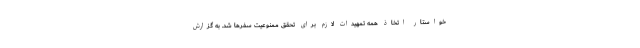
خواستار اتخاذ همه تمهیدات لازم برای تحقق ممنوعیت سفرها شد. به گزارش